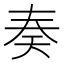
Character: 奏